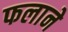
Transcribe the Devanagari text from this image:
फलाने